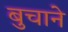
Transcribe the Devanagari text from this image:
बुचाने